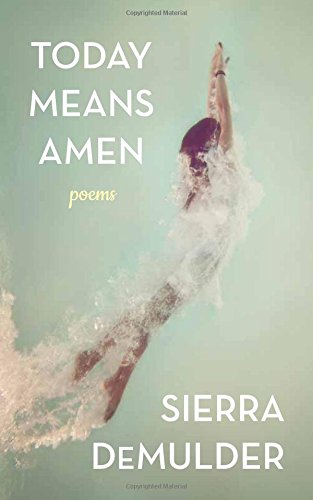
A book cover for Today Means Amen; Sierra DeMulder; Literature & Fiction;